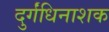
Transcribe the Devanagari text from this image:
दुर्गंधिनाशक